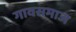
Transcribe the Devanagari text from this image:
गावसमाज